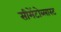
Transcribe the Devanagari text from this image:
सीमेंटोब्लास्ट